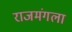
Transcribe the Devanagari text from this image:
राजमंगला